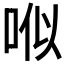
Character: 𠳎